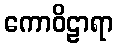
ကောဝိဠာရာ